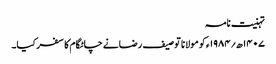
تہنیت نامہ
۱۴۰۷ھ؍۱۹۸۴ء کو مولانا توصیف رضانے چاٹگام کا سفر کیا۔